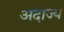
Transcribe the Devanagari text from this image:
अदाज्य